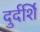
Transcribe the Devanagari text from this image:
दुर्दर्शि